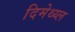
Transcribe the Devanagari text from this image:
दिमेथ्य्ल